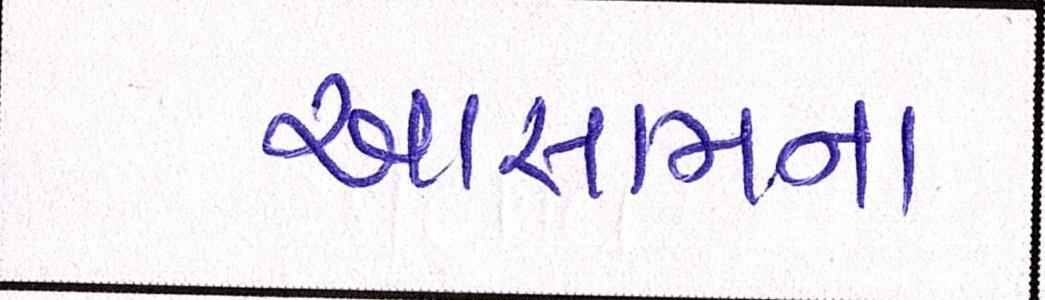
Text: આસામના